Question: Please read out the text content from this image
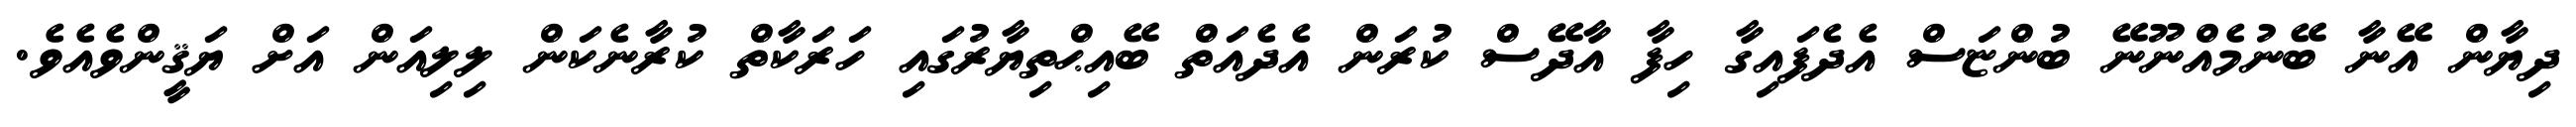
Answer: ދިޔާން އޭނާ ބޭނުމެއްނޫނޭ ބުންޏަސް އެދެފައިގާ ހިފާ އާދޭސް ކުރަން އެދެއަތް ބޭއިޙްތިޔާރުގައި ހަރަކާތް ކުރާނެކަން ލިލިއަން އަށް ޔަޤީންވެއެވެ.